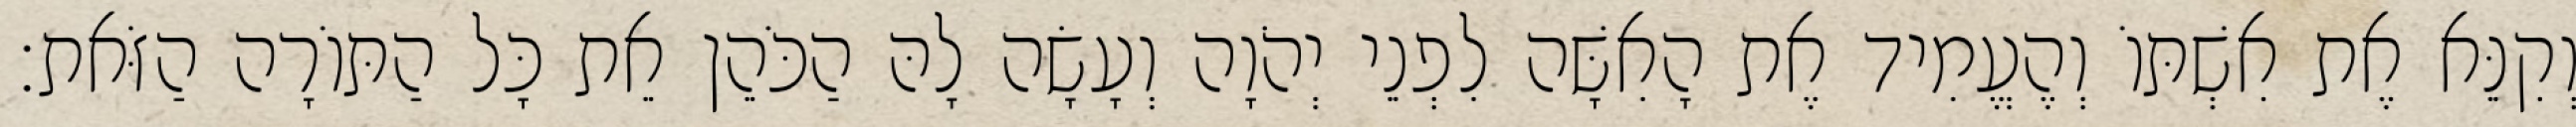
וְקִנֵּא אֶת אִשְׁתּוֹ וְהֶעֱמִיד אֶת הָאִשָּׁה לִפְנֵי יְהֹוָה וְעָשָׂה לָהּ הַכֹּהֵן אֵת כָּל הַתּוֹרָה הַזֹּאת׃